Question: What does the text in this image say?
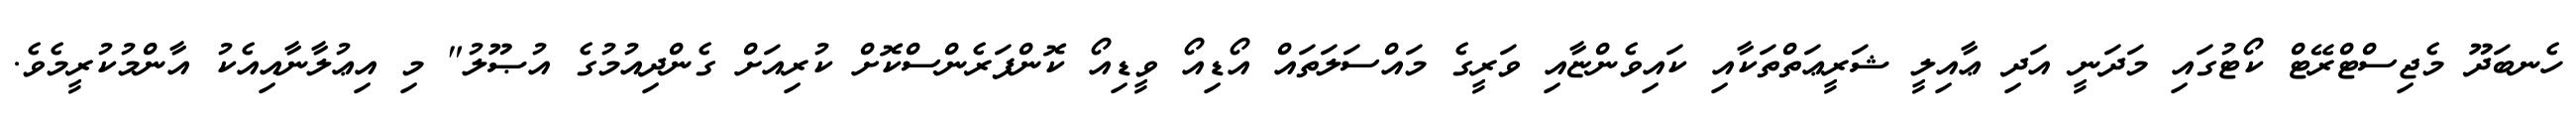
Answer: ހެނބަދޫ މެޖިސްޓްރޭޓް ކޯޓުގައި މަދަނީ އަދި ޢާއިލީ ޝަރީޢަތްތަކާއި ކައިވެންޏާއި ވަރީގެ މައްސަލަތައް އޯޑިއޯ ވީޑިއޯ ކޮންފަރެންސްކޮށް ކުރިއަށް ގެންދިއުމުގެ އުޞޫލު" މި އިޢުލާނާއިއެކު އާންމުކުރީމެވެ.